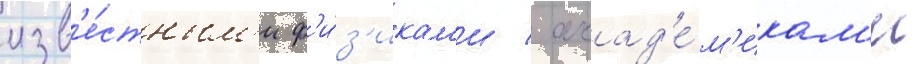
изв'е́стным'и ф'и́з'икам'и / акад'е́м'икам'и